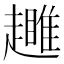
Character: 𧾕